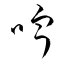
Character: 嚀